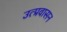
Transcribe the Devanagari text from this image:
उत्प्रवासन